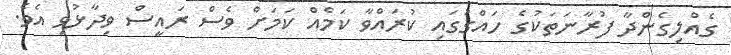
ގެއްލިގެންދާ ފުރާނަތަކުގެ ހައްގުގައި ކުރައްވާ ކަމެއް ކަމަށް ވެސް ރައީސް ވިދާޅުވި އެވެ.